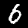
Label: 6